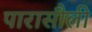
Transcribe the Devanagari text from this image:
पारासौली